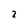
Character: 2